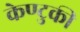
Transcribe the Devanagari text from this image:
केण्टुकी